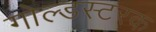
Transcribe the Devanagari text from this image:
गोल्डस्टरक